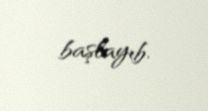
başlayıb.